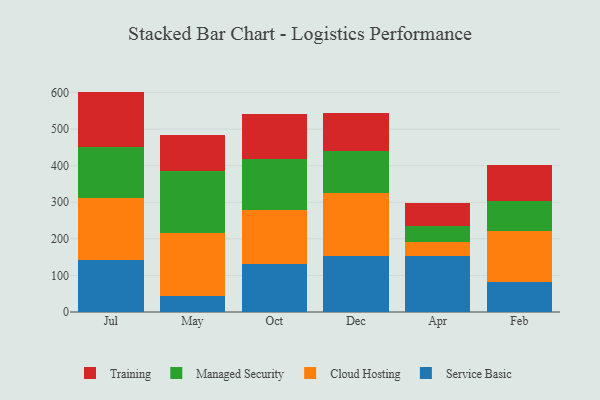
{"axis": {"x": "Month", "y": "Population (Million)"}, "legend": ["Cloud Hosting", "Managed Security", "Service Basic", "Training"], "data": [{"x": "Jul", "y": 143.0, "type": "Service Basic"}, {"x": "Jul", "y": 168.3, "type": "Cloud Hosting"}, {"x": "Jul", "y": 138.9, "type": "Managed Security"}, {"x": "Jul", "y": 152.4, "type": "Training"}, {"x": "May", "y": 44.3, "type": "Service Basic"}, {"x": "May", "y": 171.4, "type": "Cloud Hosting"}, {"x": "May", "y": 169.3, "type": "Managed Security"}, {"x": "May", "y": 99.4, "type": "Training"}, {"x": "Oct", "y": 131.8, "type": "Service Basic"}, {"x": "Oct", "y": 148.2, "type": "Cloud Hosting"}, {"x": "Oct", "y": 137.8, "type": "Managed Security"}, {"x": "Oct", "y": 122.7, "type": "Training"}, {"x": "Dec", "y": 152.1, "type": "Service Basic"}, {"x": "Dec", "y": 173.4, "type": "Cloud Hosting"}, {"x": "Dec", "y": 114.7, "type": "Managed Security"}, {"x": "Dec", "y": 102.7, "type": "Training"}, {"x": "Apr", "y": 152.4, "type": "Service Basic"}, {"x": "Apr", "y": 39.7, "type": "Cloud Hosting"}, {"x": "Apr", "y": 43.3, "type": "Managed Security"}, {"x": "Apr", "y": 62.8, "type": "Training"}, {"x": "Feb", "y": 83.1, "type": "Service Basic"}, {"x": "Feb", "y": 139.2, "type": "Cloud Hosting"}, {"x": "Feb", "y": 81.6, "type": "Managed Security"}, {"x": "Feb", "y": 97.8, "type": "Training"}]}